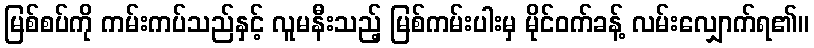
မြစ်စပ်ကို ကမ်းကပ်သည်နှင့် လူမနီးသည့် မြစ်ကမ်းပါးမှ မိုင်ဝက်ခန့် လမ်းလျှောက်ရ၏။